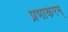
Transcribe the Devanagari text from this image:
प्रभाकरम्